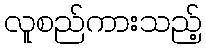
လူစည်ကားသည့်